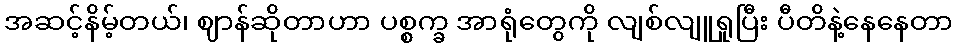
အဆင့်နိမ့်တယ်၊ ဈာန်ဆိုတာဟာ ပစ္စက္ခ အာရုံတွေကို လျစ်လျူရှုပြီး ပီတိနဲ့နေနေတာ